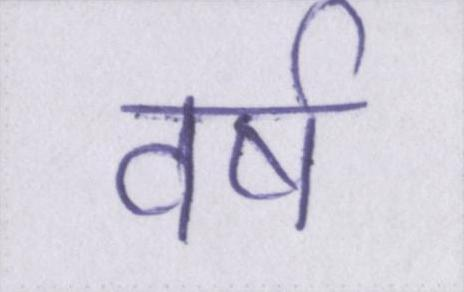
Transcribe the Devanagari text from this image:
वर्ष